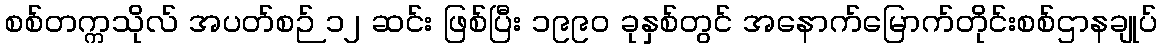
စစ်တက္ကသိုလ် အပတ်စဉ် ၁၂ ဆင်း ဖြစ်ပြီး ၁၉၉၀ ခုနှစ်တွင် အနောက်မြောက်တိုင်းစစ်ဌာနချုပ်